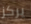
يركز